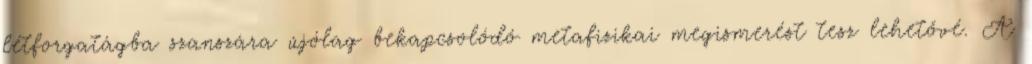
létforgatágba szanszára újólag bekapcsolódó metafizikai megismerést tesz lehetővé. A